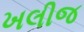
ખલીજ